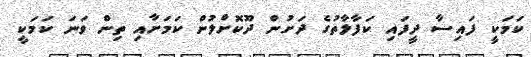
ކަމަކީ ފައިސާ ދީފައި ކަފާލާތުގެ ދަށުން ދޫކޮށްލުން ކަމަށާއި ތިން ވަނަ ކަމަކީ